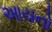
આયનો